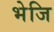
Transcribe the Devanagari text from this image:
भेजि